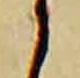
候